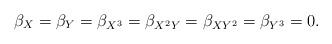
LaTeX: \begin{align*}\beta_{X}=\beta_Y=\beta_{X^3}=\beta_{X^2Y}=\beta_{XY^2}=\beta_{Y^3}=0.\end{align*}